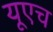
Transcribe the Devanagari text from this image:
यूएच